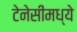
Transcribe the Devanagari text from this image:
टेनेसीमध्ये